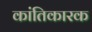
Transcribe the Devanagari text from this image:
कांतिकारक